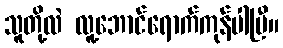
သူတို့လဲ လူ့ဘောင်ရောက်ကုန်ပါပြီ။